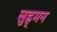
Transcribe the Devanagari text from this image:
लुह्र्मन